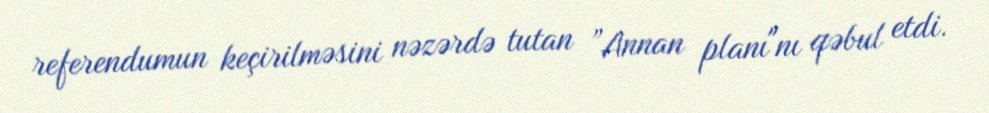
referendumun keçirilməsini nəzərdə tutan ”Annan planı"nı qəbul etdi.